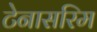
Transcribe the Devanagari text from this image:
टेनासरिम